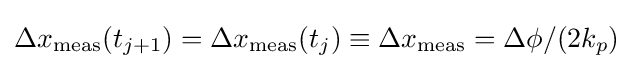
\Delta x_{\rm {meas}}(t_{j+1})=\Delta x_{\rm {meas}}(t_{j})\equiv \Delta x_{\rm {meas}}=\Delta \phi /(2k_{p})